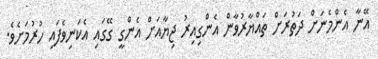
އޭނާ އެންމެނަށް ދަތުރަށް ތައްޔާރުވާން އެންގިއިރު ޖިޔާއަށް އެންގީ ގޭގައި އެކަނިވެފައި ހުރުމަށެވެ.